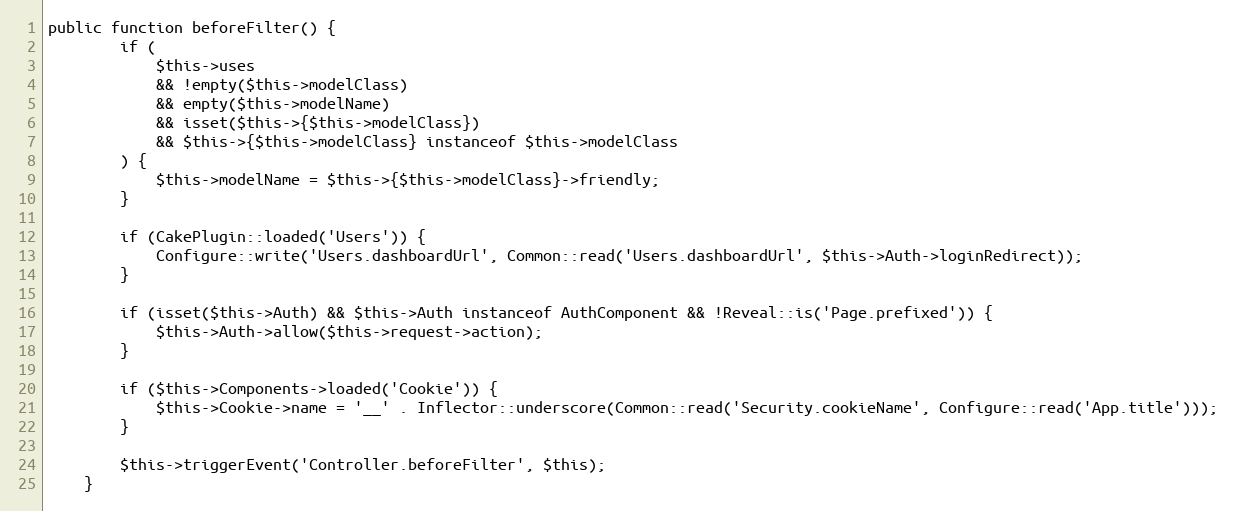
Language: PHP
public function beforeFilter() {
		if (
			$this->uses
			&& !empty($this->modelClass)
			&& empty($this->modelName)
			&& isset($this->{$this->modelClass})
			&& $this->{$this->modelClass} instanceof $this->modelClass
		) {
			$this->modelName = $this->{$this->modelClass}->friendly;
		}

		if (CakePlugin::loaded('Users')) {
			Configure::write('Users.dashboardUrl', Common::read('Users.dashboardUrl', $this->Auth->loginRedirect));
		}

		if (isset($this->Auth) && $this->Auth instanceof AuthComponent && !Reveal::is('Page.prefixed')) {
			$this->Auth->allow($this->request->action);
		}

		if ($this->Components->loaded('Cookie')) {
			$this->Cookie->name = '__' . Inflector::underscore(Common::read('Security.cookieName', Configure::read('App.title')));
		}

		$this->triggerEvent('Controller.beforeFilter', $this);
	}